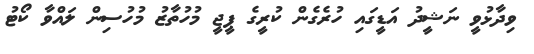
ވިދާޅުވީ ނަޝީދު އަޑީގައި ހުރެގެން ކުރީގެ ޕީޖީ މުހުތާޒު މުހުސިން ލައްވާ ކޯޓު